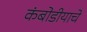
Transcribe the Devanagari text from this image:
कंबोडीयाचे